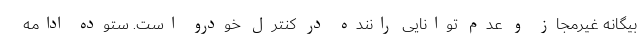
بیگانه غیرمجاز و عدم توانایی راننده در کنترل خودرو است. ستوده ادامه